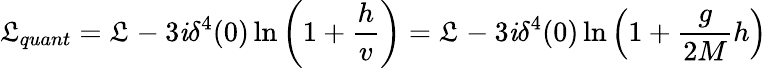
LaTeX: {\cal\mathfrak{L}}_{quant}={\cal\mathfrak{L}}_{}-3\mathit{i}\delta^{4}(0)\ln\left(1+\frac{{h}}{{v}}\right)={\cal\mathfrak{L}}_{}-3\mathit{i}\delta^{4}(0)\ln\left(1+\frac{{g}}{{2M}}h\right)